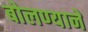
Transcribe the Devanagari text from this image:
बोलण्याने